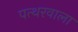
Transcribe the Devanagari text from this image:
पत्थरवाला